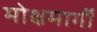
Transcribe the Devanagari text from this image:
मोक्षमार्गी